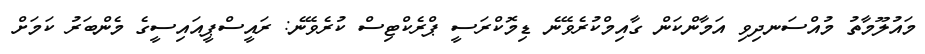
މައުލޫމާތު މުއްސަނދިވި އަމާންކަން ގާއިމްކުރެވޭނެ ޑިމޮކްރަސީ ޕްރެކްޓިސް ކުރެވޭނެ: ރައީސްޕީއައިސީގެ މެންބަރު ކަމަށް